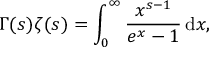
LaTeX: \Gamma ( s ) \zeta ( s ) = \int _ { 0 } ^ { \infty } { \frac { x ^ { s - 1 } } { e ^ { x } - 1 } } \, \mathrm { d } x ,